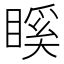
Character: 𥉐